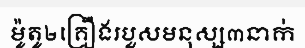
ម៉ូតូ២គ្រឿងរបួសមនុស្ស៣នាក់